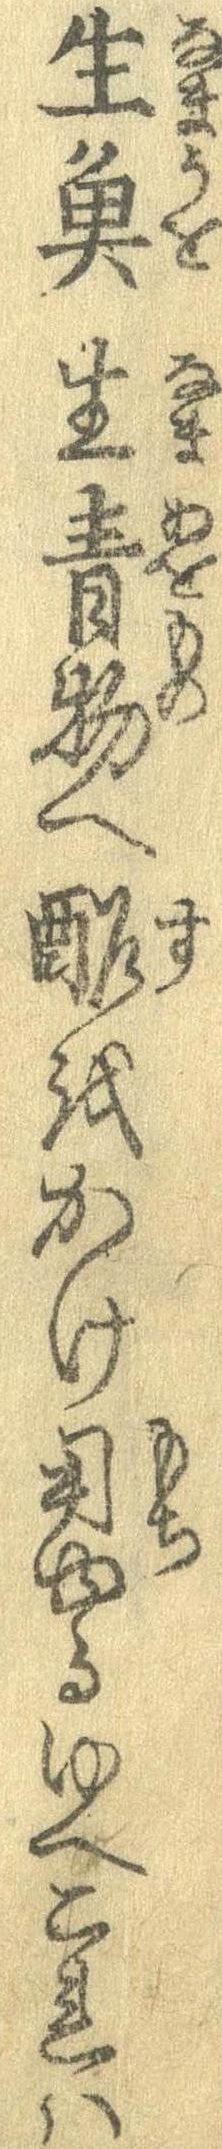
生魚生青物へ酢をかけ用ゆるゆへこれは